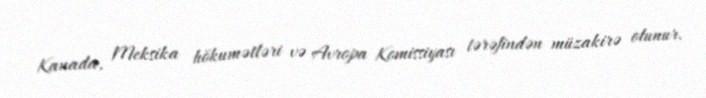
Kanada, Meksika hökumətləri və Avropa Komissiyası tərəfindən müzakirə olunur.